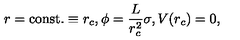
r = \mathrm { c o n s t . } \equiv r _ { c } , \phi = \frac { L } { r _ { c } ^ { 2 } } \sigma , V ( r _ { c } ) = 0 ,